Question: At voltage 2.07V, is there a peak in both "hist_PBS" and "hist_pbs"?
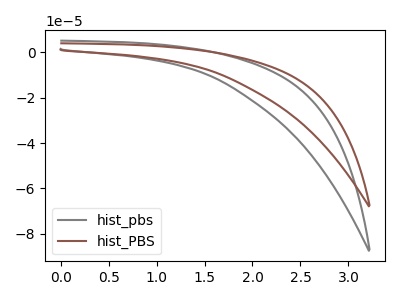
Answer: <think>The gray curve "hist_pbs" has no peaks. The brown curve "hist_PBS" has no peaks.</think>
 <answer>No, "hist_PBS" and "hist_pbs" dont share a peak at 2.07V.</answer>
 <eval>mismatch</eval>